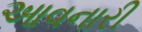
આવનારી